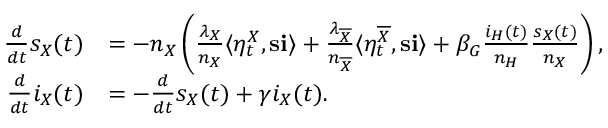
\begin{array} { r l } { \frac { d } { d t } s _ { X } ( t ) } & { = - n _ { X } \left( \frac { \lambda _ { X } } { n _ { X } } \langle \eta _ { t } ^ { X } , \mathbf { s } \mathbf { i } \rangle + \frac { \lambda _ { \overline { { X } } } } { n _ { \overline { { X } } } } \langle \eta _ { t } ^ { \overline { { X } } } , \mathbf { s } \mathbf { i } \rangle + \beta _ { G } \frac { i _ { H } ( t ) } { n _ { H } } \frac { s _ { X } ( t ) } { n _ { X } } \right) , } \\ { \frac { d } { d t } i _ { X } ( t ) } & { = - \frac { d } { d t } s _ { X } ( t ) + \gamma i _ { X } ( t ) . } \end{array}